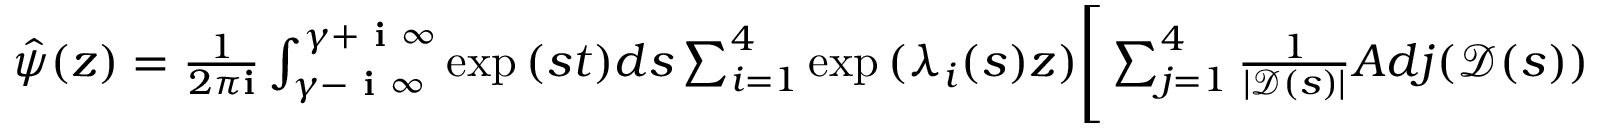
\begin{array} { r } { \hat { \psi } ( z ) = \frac { 1 } { 2 \pi \mathbf { i } } \int _ { \gamma - \textbf { i } \infty } ^ { \gamma + \textbf { i } \infty } \exp { ( s t ) } d s \sum _ { i = 1 } ^ { 4 } \exp { ( \lambda _ { i } ( s ) z ) } \Bigg [ \sum _ { j = 1 } ^ { 4 } \frac { 1 } { | \mathscr { D } ( s ) | } A d j ( \mathscr { D } ( s ) ) _ { i j } \mathscr { R } _ { j } ( s ) + \mathscr { F } _ { i } ( s ) I _ { i } ( s , z ) \Bigg ] } \end{array}